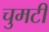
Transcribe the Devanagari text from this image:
चुमटी